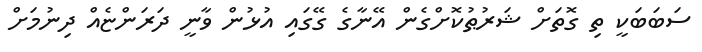
ސަބަބަކީ ތި ގޮތަށް ޝަރުޠުކޮށްގެން އޭނާގެ ގޭގައި އުޅުން ވާނީ ދަރަންޏެއް ދިނުމަށް